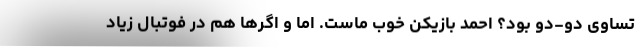
تساوی دو-دو بود؟ احمد بازیکن خوب ماست. اما و اگرها هم در فوتبال زیاد